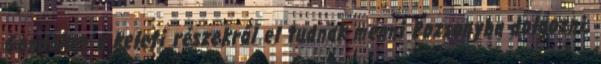
Gondolom a keleti részekről el tudnak menni Pozsonyba dolgozni,